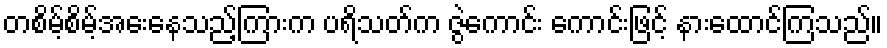
တစိမ့်စိမ့်အေးနေသည့်ကြားက ပရိသတ်က ဇွဲကောင်း ကောင်းဖြင့် နားထောင်ကြသည်။